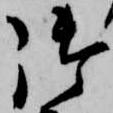
御